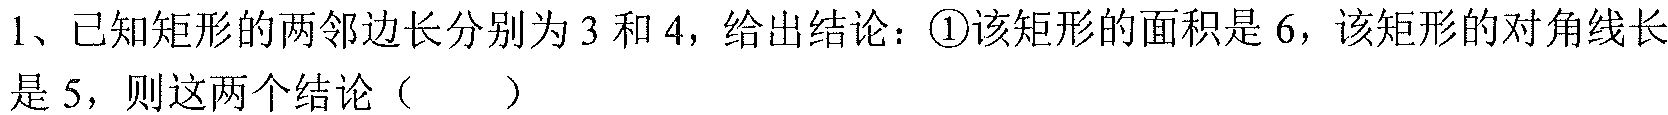
1、已知矩形的两邻边长分别为\(3\)和\(4\)，给出结论：\textcircled{1}该矩形的面积是\(6\)，该矩形的对角线长
是\(5\)，则这两个结论（  ）